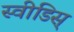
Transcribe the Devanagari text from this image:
स्वीडिस्